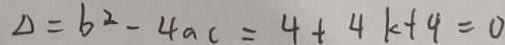
\Delta = b ^ { 2 } - 4 a c = 4 + 4 k + 4 = 0